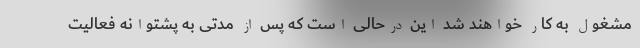
مشغول به کار خواهند شد این درحالی است که پس از مدتی به پشتوانه فعالیت